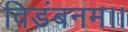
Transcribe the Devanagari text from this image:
विडंबनम।।